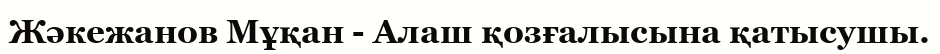
Жәкежанов Мұқан - Алаш қозғалысына қатысушы.